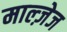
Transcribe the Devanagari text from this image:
माल्ज़ेज